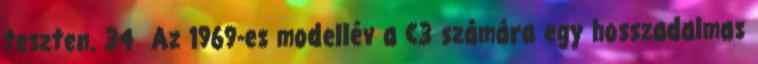
teszten. 34 Az 1969-es modellév a C3 számára egy hosszadalmas